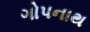
ગોપનાથ